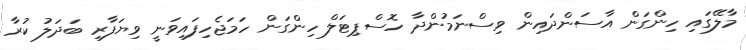
މާލޭގައި ހިންގަން އާސަންދައިން ވިސްނަމުންދާ ހޮސްޕިޓަލް ހިންގަން ހަމަޖެހިފައިވަނީ ވިޔަފާރި ބަދަލު ކުރާ